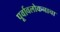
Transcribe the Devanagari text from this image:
पूर्वावलोकनाचा